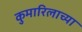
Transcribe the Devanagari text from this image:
कुमारिलाच्या